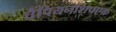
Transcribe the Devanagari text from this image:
चैंपियनशिपएक